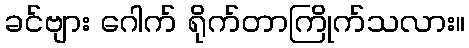
ခင်ဗျား ဂေါက် ရိုက်တာကြိုက်သလား။